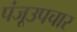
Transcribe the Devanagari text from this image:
पंजूउपचार